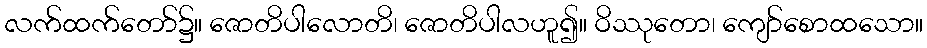
လက်ထက်တော်၌။ ဇောတိပါလောတိ၊ ဇောတိပါလဟူ၍။ ဝိဿုတော၊ ကျော်စောထသော။